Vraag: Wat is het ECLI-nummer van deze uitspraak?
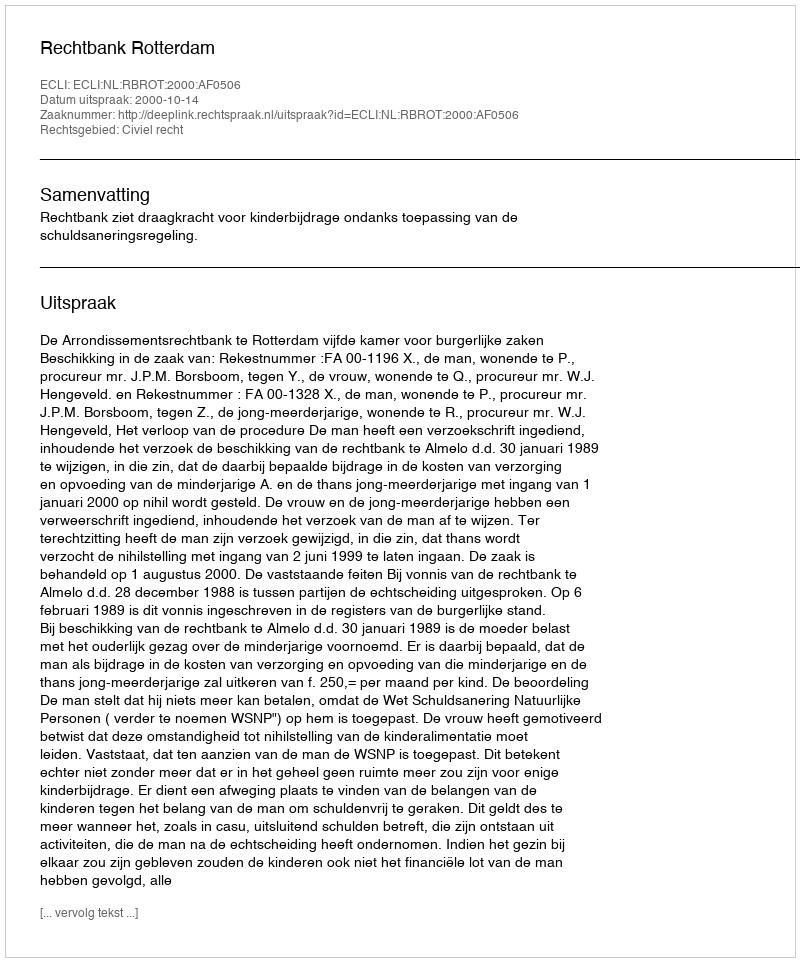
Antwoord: ECLI:NL:RBROT:2000:AF0506